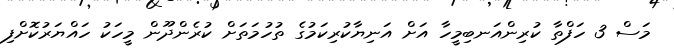
މަސް 3 ހަފްތާ ކުރިންއަނބިމީހާ އަށް އަނިޔާކުރިކަމުގެ ތުހުމަތަށް ކުރެންދޫން މީހަކު ހައްޔަރުކޮށްފި